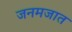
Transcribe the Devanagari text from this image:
जनमजात